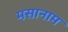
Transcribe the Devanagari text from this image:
मसानाम